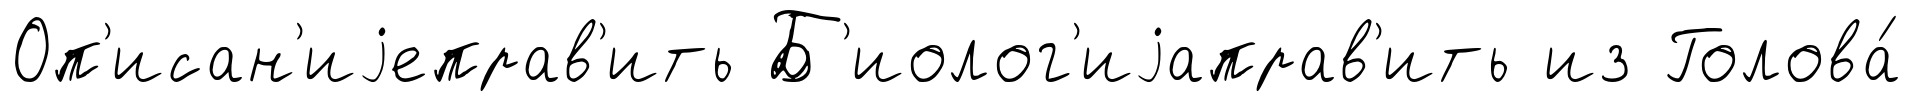
Оп'исан'иjеправ'ить Б'иолог'иjаправ'ить из Голова́